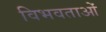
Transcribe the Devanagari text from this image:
विभवताओं